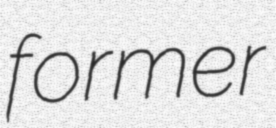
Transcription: former